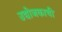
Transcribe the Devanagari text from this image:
उद्योजकाची